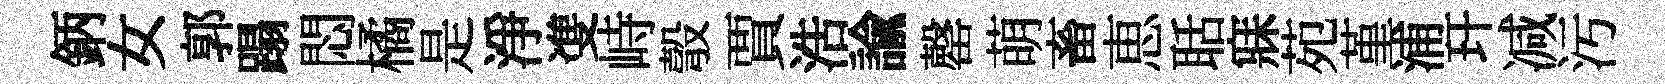
鈵女郭蹋悶橘是淨㕠峙彀賈浩諭罄萌畜恵聒寐苑堇浦玕减污